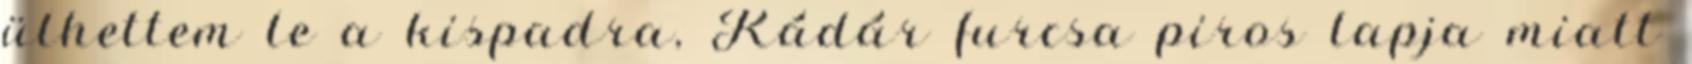
ülhettem le a kispadra, Kádár furcsa piros lapja miatt